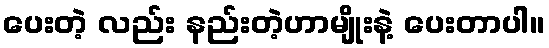
ပေးတဲ့ လည်း နည်းတဲ့ဟာမျိုးနဲ့ ပေးတာပါ။